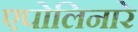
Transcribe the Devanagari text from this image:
एपोलिनारे